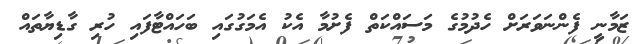
ޒަމާނީ ފެންނަވަރަށް ހެދުމުގެ މަސައްކަތް ފެށުމާ އެކު އެމަގުގައި ބަހައްޓާފައި ހުރި ގާޑިޔާތައް